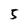
Character: 5